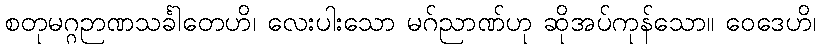
စတုမဂ္ဂဉာဏသင်္ခါတေဟိ၊ လေးပါးသော မဂ်ညာဏ်ဟု ဆိုအပ်ကုန်သော။ ဝေဒေဟိ၊